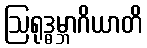
ဩရုဒ္ဓမ္ဘာဂိယာတိ